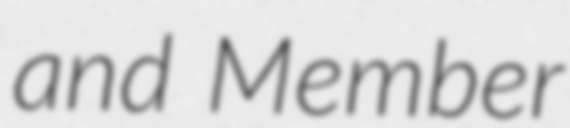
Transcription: and Member